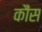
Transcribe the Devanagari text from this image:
कौंस